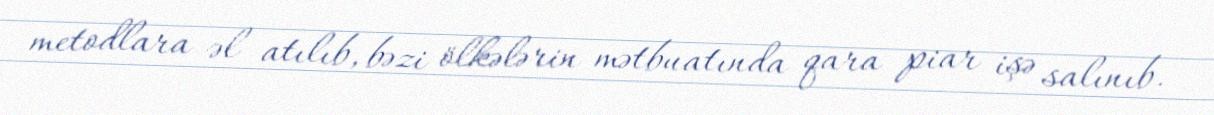
metodlara əl atılıb, bəzi ölkələrin mətbuatında qara piar işə salınıb.